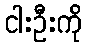
ငါးဦးကို